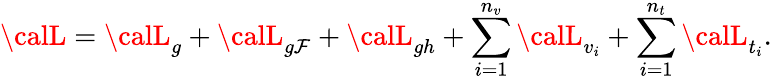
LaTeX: {\calL}={\calL}_{g}+{\calL}_{g\mathcal{F}}+{\calL}_{gh}+\sum_{i=1}^{n_{v}}{\calL}_{v_{i}}+\sum_{i=1}^{n_{t}}{\calL}_{t_{i}}.